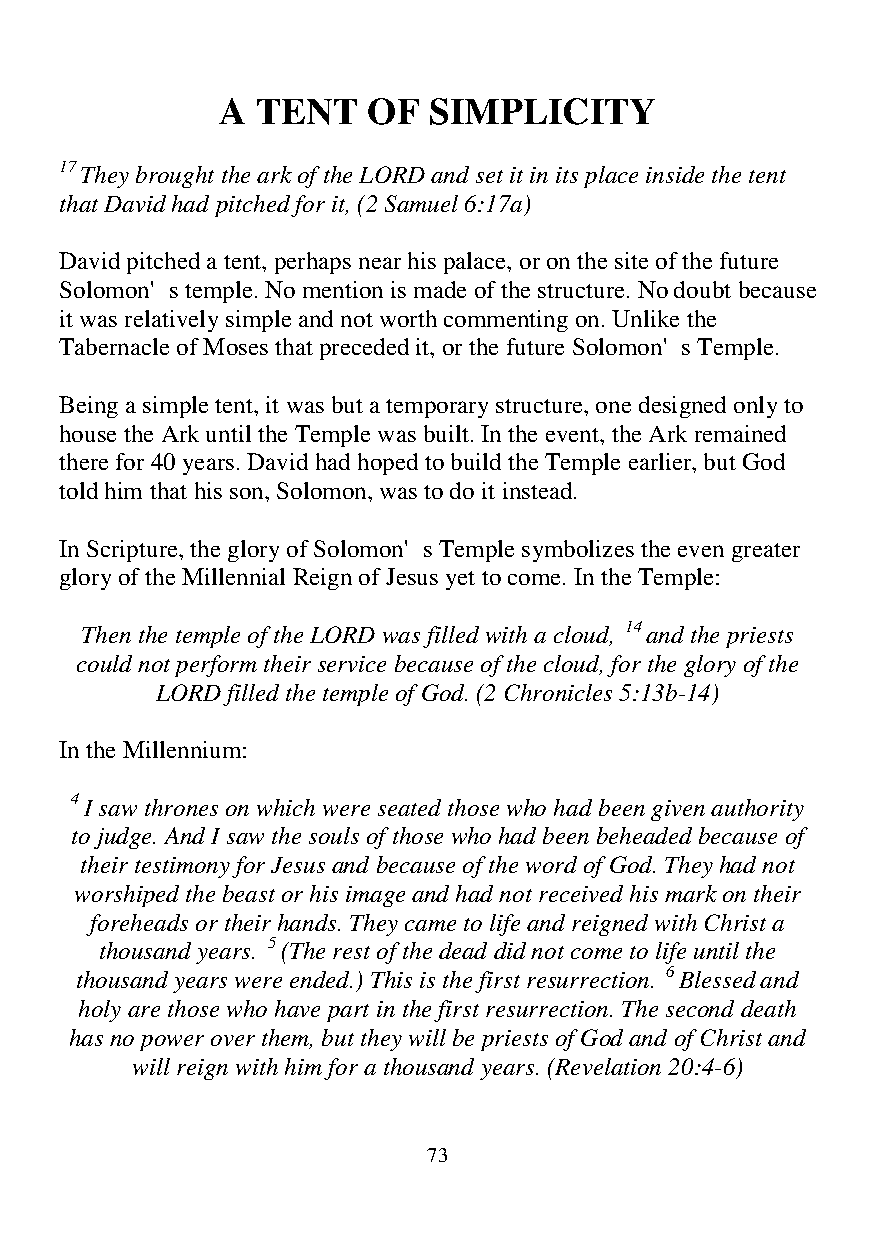
A  TENT   OF  SIMPLICITY
 17 They brought the ark of the LORD and set it in its place inside the tent
 that David had pitched for it, (2 Samuel 6:17a)
 David pitched a tent, perhaps near his palace, or on the site of the future
 Solomon's temple. No mention is made of the structure. No doubt because
 it was relatively simple and not worth commenting on. Unlike the
 Tabernacle of Moses that preceded it, or the future Solomon's Temple.
 Being a simple tent, it was but a temporary structure, one designed only to
 house the Ark until the Temple was built. In the event, the Ark remained
 there for 40 years. David had hoped to build the Temple earlier, but God
 told him that his son, Solomon, was to do it instead.
 In Scripture, the glory of Solomon's Temple symbolizes the even greater
 glory of the Millennial Reign of Jesus yet to come. In the Temple:
 Then the temple of the LORD was filled with a cloud, 14 and the priests
 could not perform their service because of the cloud, for the glory of the
 LORD filled the temple of God. (2 Chronicles 5:13b-14)
 In the Millennium:
 4 I saw thrones on which were seated those who had been given authority
 to judge. And I saw the souls of those who had been beheaded because of
 their testimony for Jesus and because of the word of God. They had not
 worshiped the beast or his image and had not received his mark on their
 foreheads or their hands. They came to life and reigned with Christ a
 thousand years. 5 (The rest of the dead did not come to life until the
 thousand years were ended.) This is the first resurrection. 6 Blessed and
 holy are those who have part in the first resurrection. The second death
 has no power over them, but they will be priests of God and of Christ and
 will reign with him for a thousand years. (Revelation 20:4-6)
 73